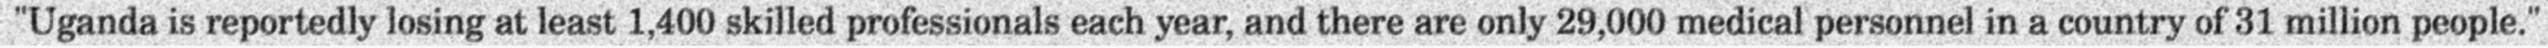
"Uganda is reportedly losing at least 1,400 skilled professionals each year, and there are only 29,000 medical personnel in a country of 31 million people."